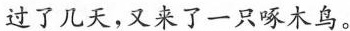
过了几天，又来了一只啄木鸟。